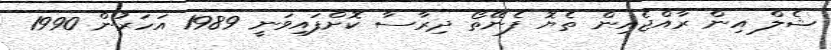
ޝެލް އިން ރާއްޖެއިން ތެޔޮ ފެނޭތޯ ދިރާސާ ކޮށްފައިވަނީ 1989 އަހަރުން 1990